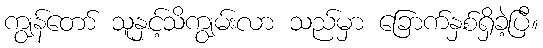
ကျွန်တော် သူနှင့်သိကျွမ်းလာ သည်မှာ ခြောက်နှစ်ရှိခဲ့ပြီ။